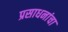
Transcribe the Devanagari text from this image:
प्रसाधनांचा